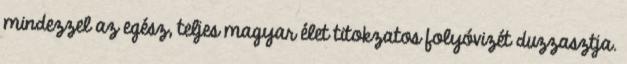
mindezzel az egész, teljes magyar élet titokzatos folyóvizét duzzasztja.